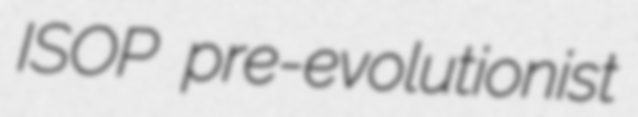
ISOP pre-evolutionist